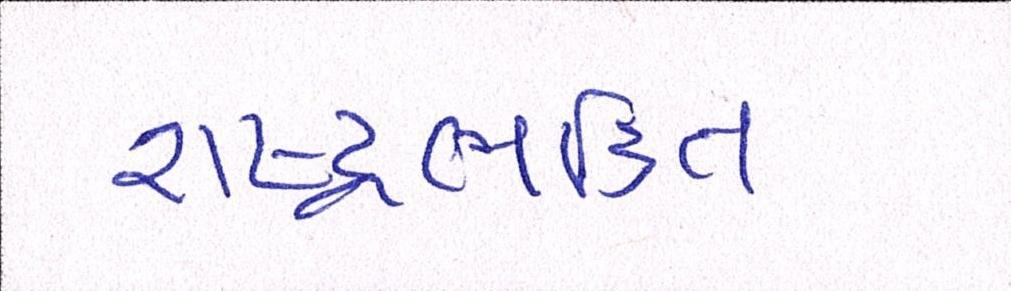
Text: રાષ્ટ્રભક્તિ